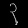
Digit: ၃